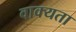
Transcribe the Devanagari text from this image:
वाक्यता